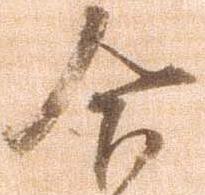
合